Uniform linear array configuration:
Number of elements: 16
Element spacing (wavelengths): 0.25
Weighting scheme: hamming
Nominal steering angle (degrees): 60
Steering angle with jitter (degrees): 58.023
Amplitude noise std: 0.05
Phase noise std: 0.05

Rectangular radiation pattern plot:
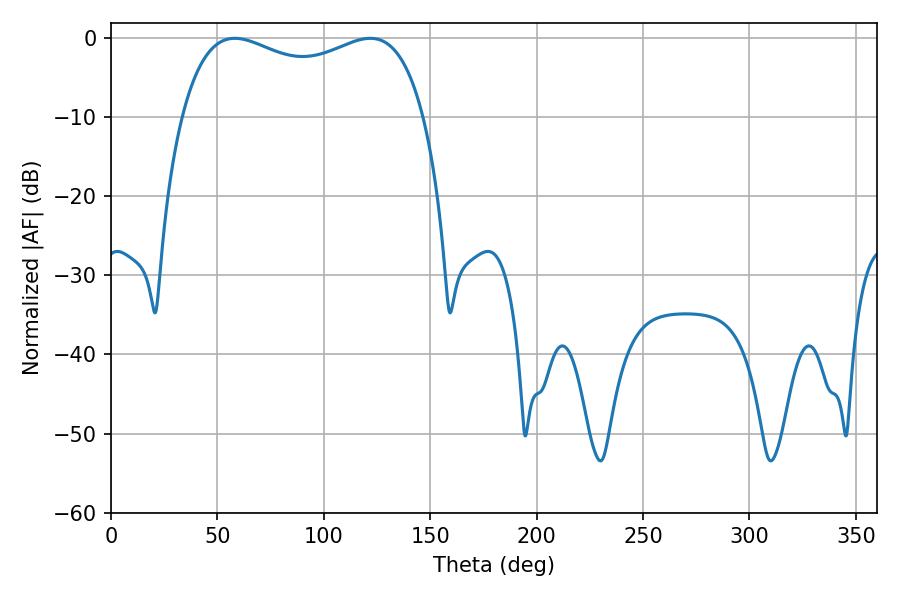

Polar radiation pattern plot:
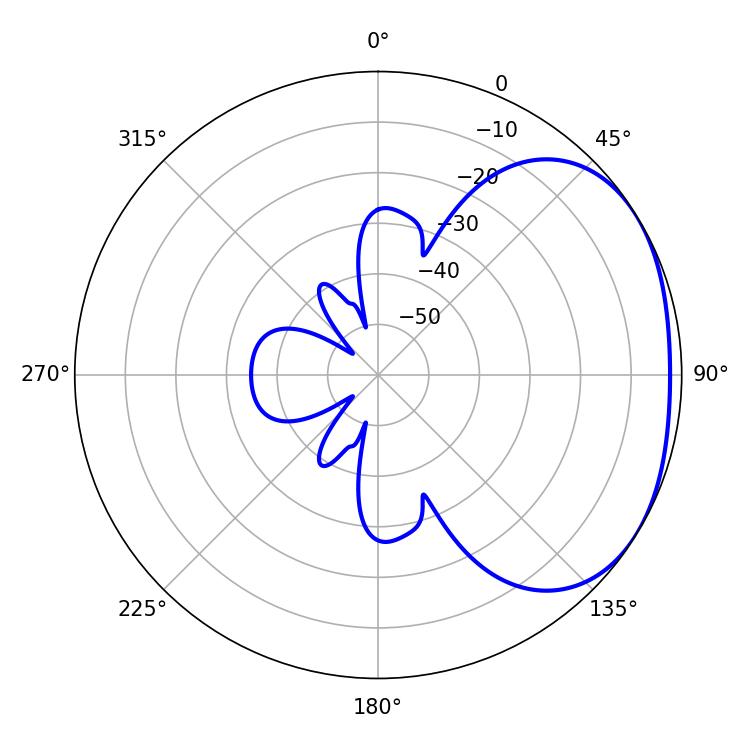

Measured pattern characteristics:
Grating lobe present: FALSE
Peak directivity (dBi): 2.179
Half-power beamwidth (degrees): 93.96
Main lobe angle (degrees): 58.14